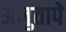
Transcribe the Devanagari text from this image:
अनुतापे